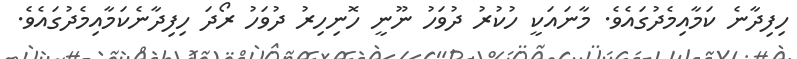
ހިފިދާނެ ކަމާއިމެދުގައެވެ. މާނައަކީ ހުކުރު ދުވަހު ނޫނީ ހޮނިހިރު ދުވަހު ރޯދަ ހިފިދާނެކަމާއިމެދުގައެވެ.